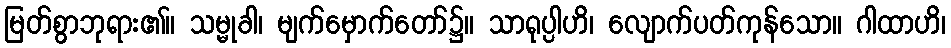
မြတ်စွာဘုရား၏။ သမ္မုခါ၊ မျက်မှောက်တော်၌။ သာရုပ္ပါဟိ၊ လျောက်ပတ်ကုန်သော။ ဂါထာဟိ၊